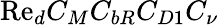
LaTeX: \mathrm{Re}_{d}C_{M}C_{bR}C_{D1}C_{\nu}